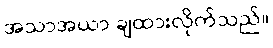
အသာအယာ ချထားလိုက်သည်။